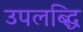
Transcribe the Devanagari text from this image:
उपलब्द्धि